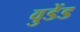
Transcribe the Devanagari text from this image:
वुडेंड